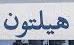
هيلتون